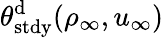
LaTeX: \theta_{\mathrm{stdy}}^{\mathrm{d}}(\rho_{\infty},u_{\infty})